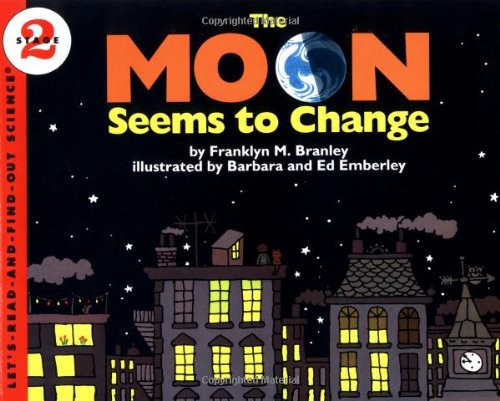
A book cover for The Moon Seems to Change (Let's-Read-and-Find-Out Science 2); Franklyn M. Branley; Science & Math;